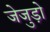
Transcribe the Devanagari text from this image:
जेजुड़ो